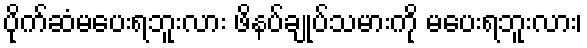
ပိုက်ဆံမပေးရဘူးလား ဖိနပ်ချုပ်သမားကို မပေးရဘူးလား၊